King Institute of Preventive Medicine Micro-Biological Section reports 1912-19
Year: 1912
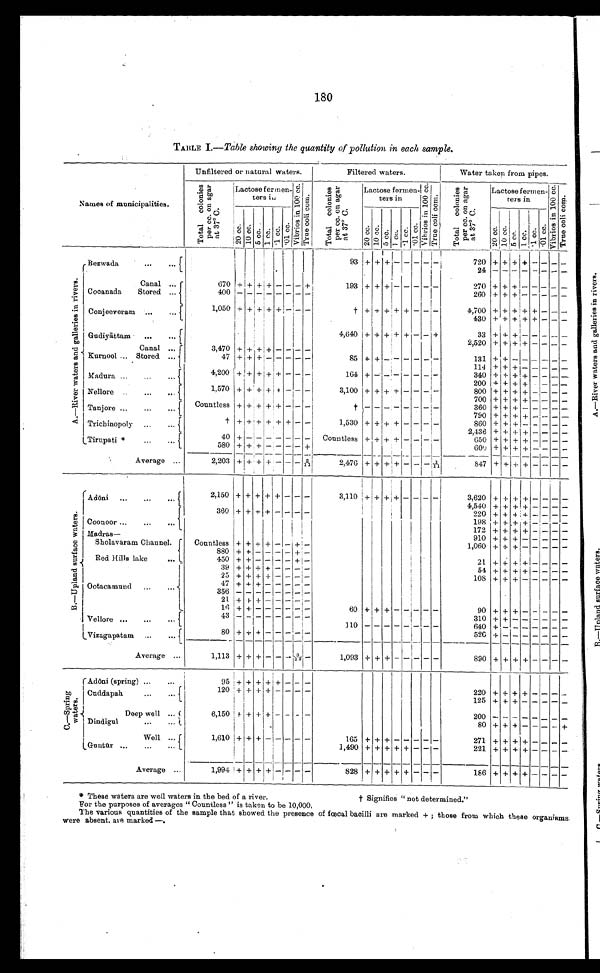
180
TABLE I.— Table showing the quantity of pollution in each sample.
Names of municipalities.
Unfiltered or natural waters.
Filtered waters.
Water taken from pipes.
T o t a l c o l o n i e s p e r c c . o n a g a r 3 7 º C .
Lactose fermen
¬t
ers in
V i b r o s i n 1 0 0 c c .
T r u e c o l i c o m .
T o t a l c o l o n i e s p e r c c . o n a g a r 3 7 º C .
Lactose fermen
¬t ers in
V i b r o s i n 1 0 0 c c .
T r u e c o l i c o m.
T o t a l c o l o n i e s p e r c c . o n a g a r 3 7 º C .
Lactose fermen-
tors in
V i b r o s i n 1 0 0 c c .
Tr u e c o l i c o m.
2 0 c c . 10 cc.
5 c c . 1 cc.
. 1 cc . 0 1 c c .
2 0 c c . 1 0 c c . 5 c c . 1 cc. 1 c c . 0 1 c c .
2 0 c c .
1 0 c c .
5 c c .
1 c c .
1 c c
. 0 1 c c .
A . — R i v e r w a t e r s a n d g a l l e r i e s i n r i v e r s .
Bezwada
. . .
93 + + + - - -
-
-
720
+ + + +
- - - -
24 - - - - - - - -
Canal ...
670 + + + + - - - +
193 +
+
+
-
- - - -
270 + + + - - - - -
Cocanada
Stored ...
400
- -
- - -
- -
-
260 + +
+ - - - - -
Conjeeveram .....
1,050 + + + + + - - -
† + + + + + - - -
4,700 + + + + + - -
-
430 + + + + + - - -
Gudiyāttam
...
...
4,640 + + + + + - - +
3 3 + + + - - - - -
2,520 + + + + - -
- -
Canal . . .
3,470 + + + - - - - -
Kurnool ... Stored ...
47
+ + + - - - - -
85 + + - - - - - -
131 + + - - - - - -
1 1 4 + + + - - - - -
Madura ...
... ...
4,200 + + + + + - - -
164 +
- - - -
- - -
340 + + + + - - - -
200 + + + + - - - -
Nellore
1,570 + + + + + -
- -
3,100 + + + + - - - -
800 + + + + - - - -
700 + + + + - - - -
Tanjore ...
... ...
Countless + + + + + - - -
†
- -
- -
- - -
-
360 + + + - - - - -
790 + + + + - - - -
Trichinopoly ...
†
+
+ + + +
+
- -
1,530 + + + + - - -
-
860 + + + - - - -
-
2,436 + + + + - - - -
Tirupati * ...
...
40
+
+
- - -
- - -
Countless + + + + - -
- -
650 + + + + - - - -
580 + + + - - - - + I
600 + + + + - - -
-
Average ...
2,203 + + + + - -- - 1/11
2,476 + + + - - - - 1/11
847 + + + + - - - -
B . — U p l a n d s u r f a c e w a t e r s .
Adōni
...
...
2,150 + + + + + - - -
3,110 + + +
+
- - - -
3,620 + + + + - - - -
4,540 + + + + - - - -
Coonoor ...
...
...
360 + + + + - - - -
220 + + + +
-
-
- -
198 + + + + +
-
- - -
172 + + + + -
- - -
Madras —
910 +
+
+
-
- - - -
Sholavaram Channel.
Countless + + + + - - - -
1,060 + + + +
- - - -
880 + + - - - - + -
.
Red Hills lake
...
450 + + -
- - - + -
21 + + + + - - - -
Ootacamund ...
39 + + + + - - - -
54 + + + + - - - -
25
+ +
+ + - -
- -
108
+ + + - - -
- -
47 +
+ + - - - - -
356
- - -
- - - - -
21 +
+ + - - - - -
16 + + - - - - - -
60
+ +
+ -
- - - -
90 + + + - - - - -
Vellore ...
...
43
- - -
- - - - -
310 + + - - - - - -
110
640 + - - - - -
-
-
Vizagapatam ...
...
80 + + + - - - -
-
526 +
- - -
- - - -
Average ...
1,113 + + + - -
-
3 / 1 3
-
1,093 + + + - - - - -
890 + + + + - - - -
C . — S p r i n g w a t e r s ,
Adōni (spring) ...
...
95 + + + + + - - -
Cuddapah
...
120 + + + + - - - -
220 + + + + - - - -
125 + + + - - - - -
Deep well ...
6,150 + + + + - - - -
D i n d i g u l
80 + + + - - - - +
Well ...
1,610 + + + - - - - -
165 +
+
+
- - - - -
271 + + + + - -
- -
Guntū r
...
...
1,490
+ + +
+ + - -
-
221
+ + + + - -
-
-
Average ...
1,994 + + +
+
+
- - -
828 + + + + + - - -
186 + + + + - - - -
* These waters are well waters in the bed of a river.
† Signifies "not determined."
For the purposes of averages "Countless " is taken to be 10,000.
The various quantities of the sample that showed the presence of fœcal bacilli are marked +; those from which these organisms.
were absent, are marked—.